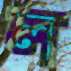
ল